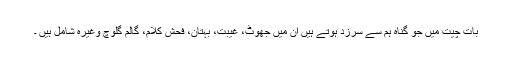
بات چیت میں جو گناہ ہم سے سرزد ہوتے ہیں ان میں جھوٹ، غیبت، بہتان، فحش کلام، گالم گلوچ وغیرہ شامل ہیں ۔